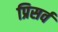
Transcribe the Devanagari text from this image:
प्रिसर्व